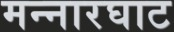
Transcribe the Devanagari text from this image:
मन्नारघाट